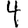
Digit: 4